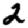
Digit: 2